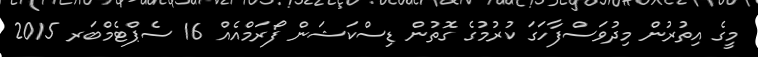
މީގެ އިތުރުން މިދުވަސްފާހަގަ ކުރުމުގެ ގޮތުން ޑިސްކަޝަން ފޯރަމްއެއް 16 ސެޕްޓެމްބަރ 2015